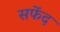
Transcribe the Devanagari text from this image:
सफेंद